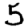
Digit: 5